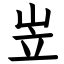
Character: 岦